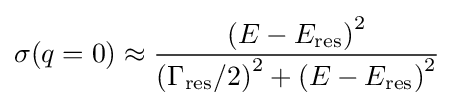
\sigma (q=0)\approx {\frac {\left(E-E_{\mathrm {res} }\right)^{2}}{\left(\Gamma _{\mathrm {res} }/2\right)^{2}+\left(E-E_{\mathrm {res} }\right)^{2}}}